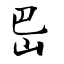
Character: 岊